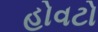
હોવટો